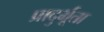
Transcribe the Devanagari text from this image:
प्रादुर्भूता